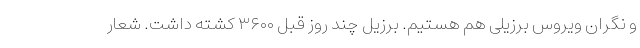
و نگران ویروس برزیلی هم هستیم. برزیل چند روز قبل ۳۶۰۰ کشته داشت. شعار